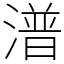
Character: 潽